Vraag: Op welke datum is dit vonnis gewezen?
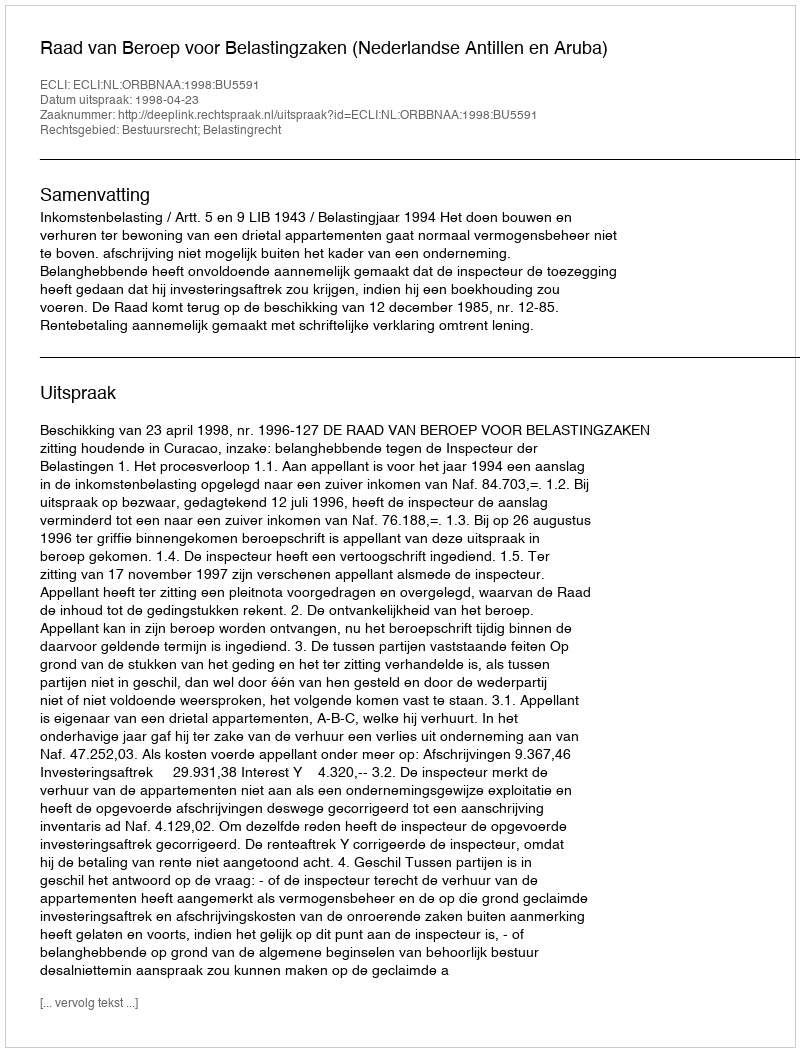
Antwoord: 1998-04-23